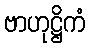
ဗာဟုဋ္ဌိကံ